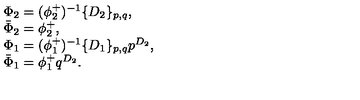
\begin{array} { l } { \Phi _ { 2 } = ( \phi _ { 2 } ^ { + } ) ^ { - 1 } \{ D _ { 2 } \} _ { p , q } , } \\ { \bar { \Phi } _ { 2 } = \phi _ { 2 } ^ { + } , } \\ { \Phi _ { 1 } = ( \phi _ { 1 } ^ { + } ) ^ { - 1 } \{ D _ { 1 } \} _ { p , q } p ^ { D _ { 2 } } , } \\ { \bar { \Phi } _ { 1 } = \phi _ { 1 } ^ { + } q ^ { D _ { 2 } } . } \\ \end{array}